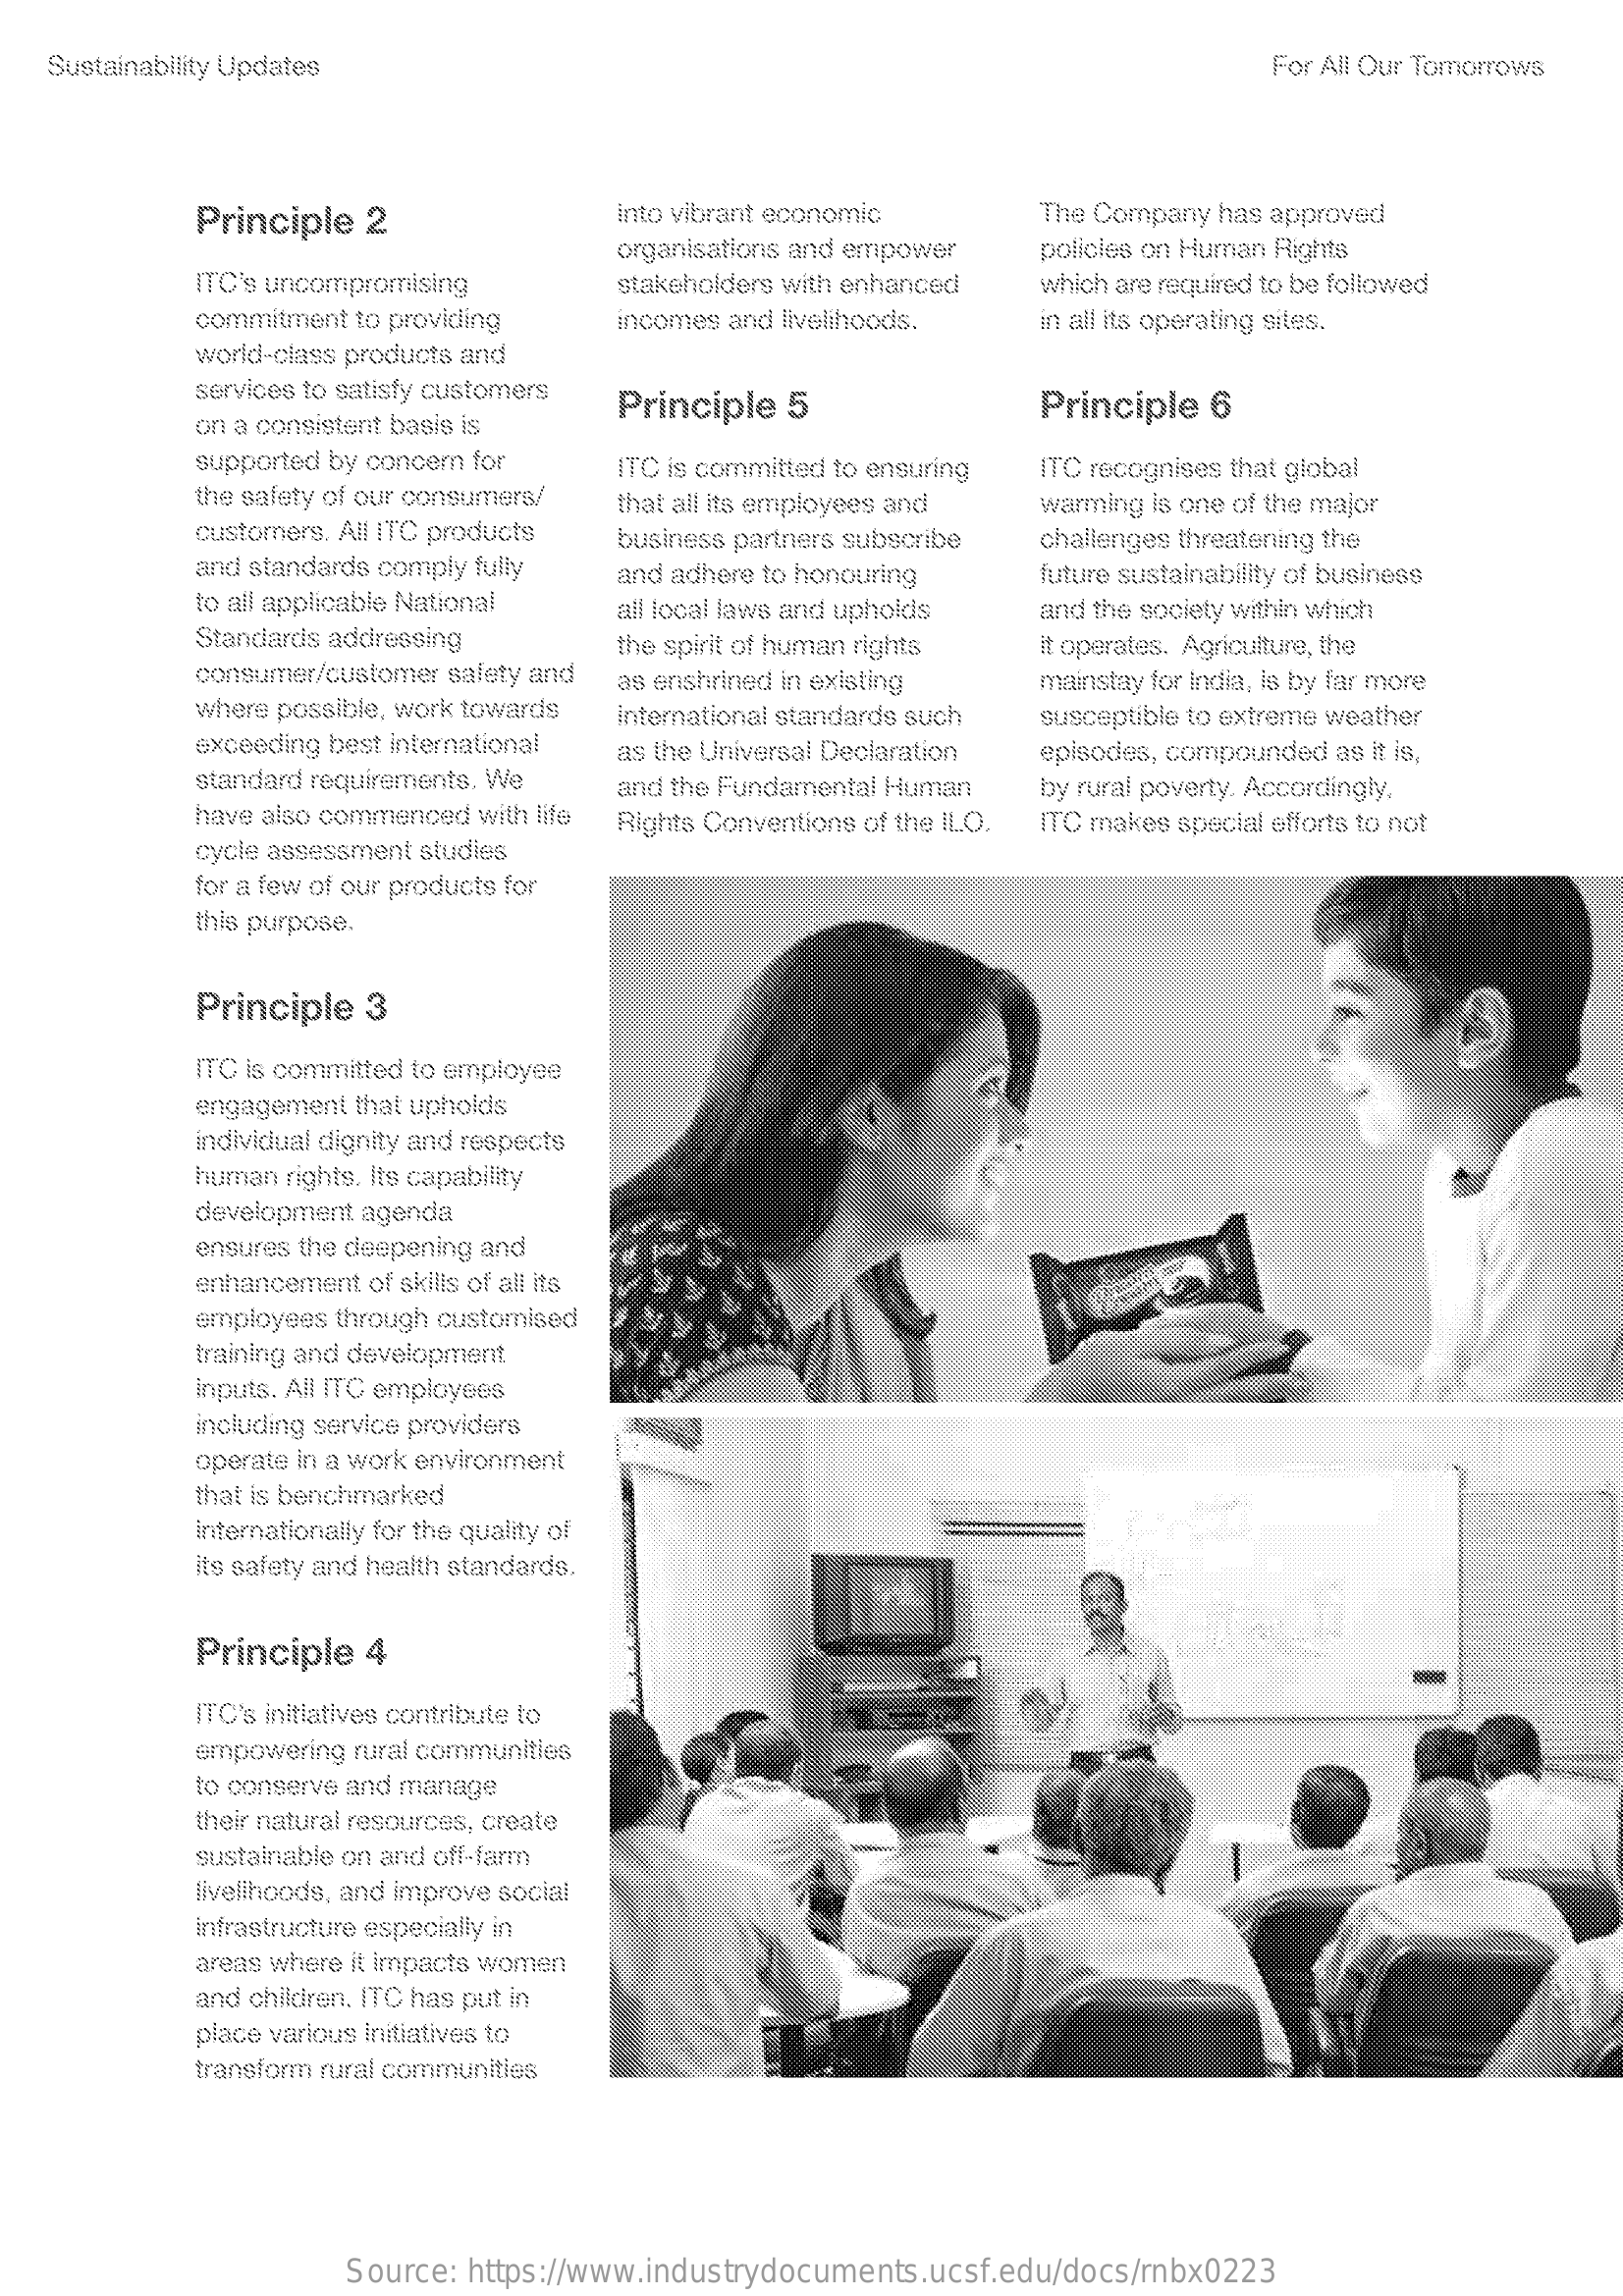
Sustainability Updates    For All Our Tomorrows
     Principle 2    into vibrant economio   The Company has approved
     organisations and empower policies on Human Rights
     ITO's uncompromising    stakeholders with enhanced which are required to be followed
     commitment to providing incomes and livelihoods. in all its operating sites.
     world-class products and
     services to satisfy customers
     on a consistent basis is
     Principle 5    Principle 6
     supported by concern for
     the safety of our consumers/
     ITC is committed to ensuring ITC recognises that global
     customers. All ITC products
     that all Its employees and warming is one of the major
     and standards comply fully
     business partners subscribe challenges threatening the
     to ail applicable National
     and adhere to honouring future sustainability of business
     all local laws and upholds and the society within which
     Standards addressing    the spirit of human rights
     consumer/customer safety and
     it operates. Agriculture, the
     as enshrined in existing
     where possible, work towards
     mainstay for india, is by far more
     exceeding best international
     International standards such
     as the Universal Declaration
     susceptible to extreme weather
     standard requirements. We
     episodes, compounded as it is,
     have also commenced with life
     and the Fundamental Human by rural poverty. Accordingly.
     cycle assessment studies
     Rights Conventions of the ILO. ITC makes special efforts to not
     for a few of our products for
     this purpose.
     Principle 3
     ITC is committed to employee
     engagement that upholds
     individual dignity and respects
     human rights. Its capability
     development agenda
     ensures the deepening and
     enhancement of skills of all its
     employees through customised
     training and development.
     inputs. All ITC employees
     including service providers
     operate In a work environment
     that is benchmarked
     Internationally for the quality of
     its safety and health standards.
     Principle 4
     ITC's initiatives contribute to
     empowering rural communities
     to conserve and manage
     their natural resources, create
     sustainable on and off-farm
     livellhoods, and improve social
     infrastructure especially in
     areas where it impacts women
     and children. ITC has put in
     place various Initiatives to
     transform rural communities
     Source: https://www.industrydocuments.ucsf.edu/docs/rnbx0223